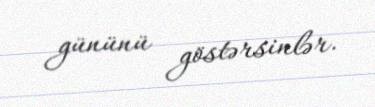
gününü göstərsinlər.